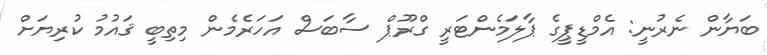
ބަޔާން ނެރުނީ: އެމްޑީޕީގެ ޕާލަމެންޓަރީ ގްރޫޕް ސާބަސް އަހަރެމެން މިތިބީ ޤައުމު ކުރިޔަށް